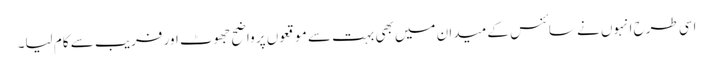
اسی طرح انہوں نے سائنس کے میدان میں بھی بہت سے موقعوں پر واضح جھوٹ اور فریب سے کام لیا۔